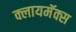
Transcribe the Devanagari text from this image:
क्लायमॅक्स